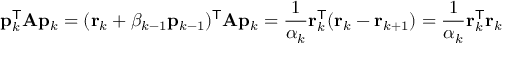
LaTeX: \mathbf { p } _ { k } ^ { \mathsf { T } } \mathbf { A } \mathbf { p } _ { k } = ( \mathbf { r } _ { k } + \beta _ { k - 1 } \mathbf { p } _ { k - 1 } ) ^ { \mathsf { T } } \mathbf { A } \mathbf { p } _ { k } = { \frac { 1 } { \alpha _ { k } } } \mathbf { r } _ { k } ^ { \mathsf { T } } ( \mathbf { r } _ { k } - \mathbf { r } _ { k + 1 } ) = { \frac { 1 } { \alpha _ { k } } } \mathbf { r } _ { k } ^ { \mathsf { T } } \mathbf { r } _ { k }